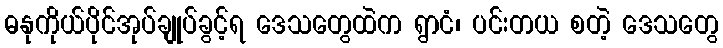
ဓနုကိုယ်ပိုင်အုပ်ချုပ်ခွင့်ရ ဒေသတွေထဲက ရွာငံ၊ ပင်းတယ စတဲ့ ဒေသတွေ